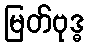
မြတ်ဗုဒ္ဓ